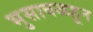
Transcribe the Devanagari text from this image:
भुसावळहून